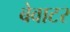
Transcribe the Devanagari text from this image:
बेवाटर